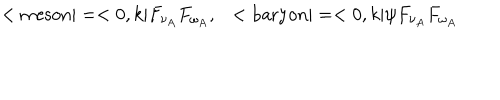
< \mathrm { m e s o n } | = < 0 , k | F _ { \nu _ { A } } F _ { \omega _ { A } } , \ \ < \mathrm { b a r y o n } | = < 0 , k | \psi F _ { \nu _ { A } } F _ { \omega _ { A } }